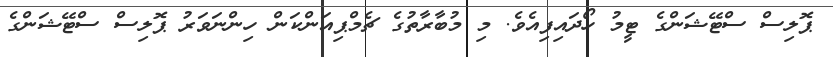
ޕޮލިސް ސްޓޭޝަންގެ ޓީމު ހޯދައިފިއެވެ. މި މުބާރާތުގެ ޗެމްޕިއަންކަން ހިންނަވަރު ޕޮލިސް ސްޓޭޝަންގެ